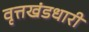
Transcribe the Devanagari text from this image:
वृत्तखंडधारी